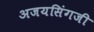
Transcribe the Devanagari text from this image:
अजयसिंगजी